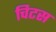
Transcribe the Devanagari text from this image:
चिटस